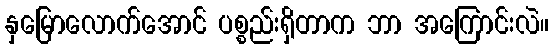
နှမြောလောက်အောင် ပစ္စည်းရှိတာက ဘာ အကြောင်းလဲ။